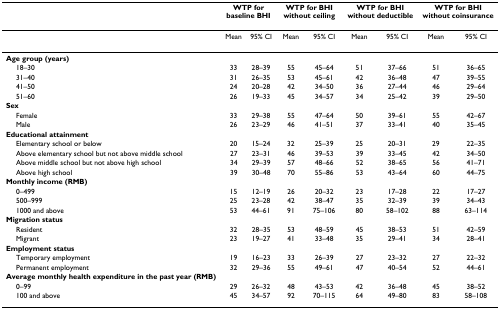
<table><thead><tr><td></td><td colspan="2"><b>WTP for baseline BHI</b></td><td colspan="2"><b>WTP for BHI without ceiling</b></td><td colspan="2"><b>WTP for BHI without deductible</b></td><td colspan="2"><b>WTP for BHI without coinsurance</b></td></tr></thead><tbody><tr><td></td><td>Mean</td><td>95% CI</td><td>Mean</td><td>95% CI</td><td>Mean</td><td>95% CI</td><td>Mean</td><td>95% CI</td></tr><tr><td><b>Age group (years)</b></td><td></td><td></td><td></td><td></td><td></td><td></td><td></td><td></td></tr><tr><td> 18–30</td><td>33</td><td>28–39</td><td>55</td><td>45–64</td><td>51</td><td>37–66</td><td>51</td><td>36–65</td></tr><tr><td> 31–40</td><td>31</td><td>26–35</td><td>53</td><td>45–61</td><td>42</td><td>36–48</td><td>47</td><td>39–55</td></tr><tr><td> 41–50</td><td>24</td><td>20–28</td><td>42</td><td>34–50</td><td>36</td><td>27–44</td><td>46</td><td>29–64</td></tr><tr><td> 51–60</td><td>26</td><td>19–33</td><td>45</td><td>34–57</td><td>34</td><td>25–42</td><td>39</td><td>29–50</td></tr><tr><td><b>Sex</b></td><td></td><td></td><td></td><td></td><td></td><td></td><td></td><td></td></tr><tr><td> Female</td><td>33</td><td>29–38</td><td>55</td><td>47–64</td><td>50</td><td>39–61</td><td>55</td><td>42–67</td></tr><tr><td> Male</td><td>26</td><td>23–29</td><td>46</td><td>41–51</td><td>37</td><td>33–41</td><td>40</td><td>35–45</td></tr><tr><td><b>Educational attainment</b></td><td></td><td></td><td></td><td></td><td></td><td></td><td></td><td></td></tr><tr><td> Elementary school or below</td><td>20</td><td>15–24</td><td>32</td><td>25–39</td><td>25</td><td>20–31</td><td>29</td><td>22–35</td></tr><tr><td> Above elementary school but not above middle school</td><td>27</td><td>23–31</td><td>46</td><td>39–53</td><td>39</td><td>33–45</td><td>42</td><td>34–50</td></tr><tr><td> Above middle school but not above high school</td><td>34</td><td>29–39</td><td>57</td><td>48–66</td><td>52</td><td>38–65</td><td>56</td><td>41–71</td></tr><tr><td> Above high school</td><td>39</td><td>30–48</td><td>70</td><td>55–86</td><td>53</td><td>43–64</td><td>60</td><td>44–75</td></tr><tr><td><b>Monthly income (RMB)</b></td><td></td><td></td><td></td><td></td><td></td><td></td><td></td><td></td></tr><tr><td> 0–499</td><td>15</td><td>12–19</td><td>26</td><td>20–32</td><td>23</td><td>17–28</td><td>22</td><td>17–27</td></tr><tr><td> 500–999</td><td>25</td><td>23–28</td><td>42</td><td>38–47</td><td>35</td><td>32–39</td><td>39</td><td>34–43</td></tr><tr><td> 1000 and above</td><td>53</td><td>44–61</td><td>91</td><td>75–106</td><td>80</td><td>58–102</td><td>88</td><td>63–114</td></tr><tr><td><b>Migration status</b></td><td></td><td></td><td></td><td></td><td></td><td></td><td></td><td></td></tr><tr><td> Resident</td><td>32</td><td>28–35</td><td>53</td><td>48–59</td><td>45</td><td>38–53</td><td>51</td><td>42–59</td></tr><tr><td> Migrant</td><td>23</td><td>19–27</td><td>41</td><td>33–48</td><td>35</td><td>29–41</td><td>34</td><td>28–41</td></tr><tr><td><b>Employment status</b></td><td></td><td></td><td></td><td></td><td></td><td></td><td></td><td></td></tr><tr><td> Temporary employment</td><td>19</td><td>16–23</td><td>33</td><td>26–39</td><td>27</td><td>23–32</td><td>27</td><td>22–32</td></tr><tr><td> Permanent employment</td><td>32</td><td>29–36</td><td>55</td><td>49–61</td><td>47</td><td>40–54</td><td>52</td><td>44–61</td></tr><tr><td><b>Average monthly health expenditure in the past year (RMB)</b></td><td></td><td></td><td></td><td></td><td></td><td></td><td></td><td></td></tr><tr><td> 0–99</td><td>29</td><td>26–32</td><td>48</td><td>43–53</td><td>42</td><td>36–48</td><td>45</td><td>38–52</td></tr><tr><td> 100 and above</td><td>45</td><td>34–57</td><td>92</td><td>70–115</td><td>64</td><td>49–80</td><td>83</td><td>58–108</td></tr></tbody></table>